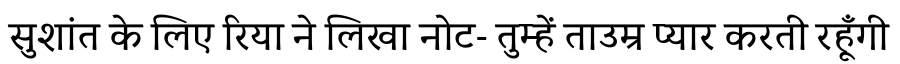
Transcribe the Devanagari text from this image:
सुशांत के लिए रिया ने लिखा नोट- तुम्हें ताउम्र प्यार करती रहूँगी